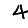
Digit: 4